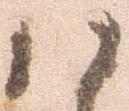
ハ